Report on vaccination in the Province of Bengal - 1874-1889
Year: 1874
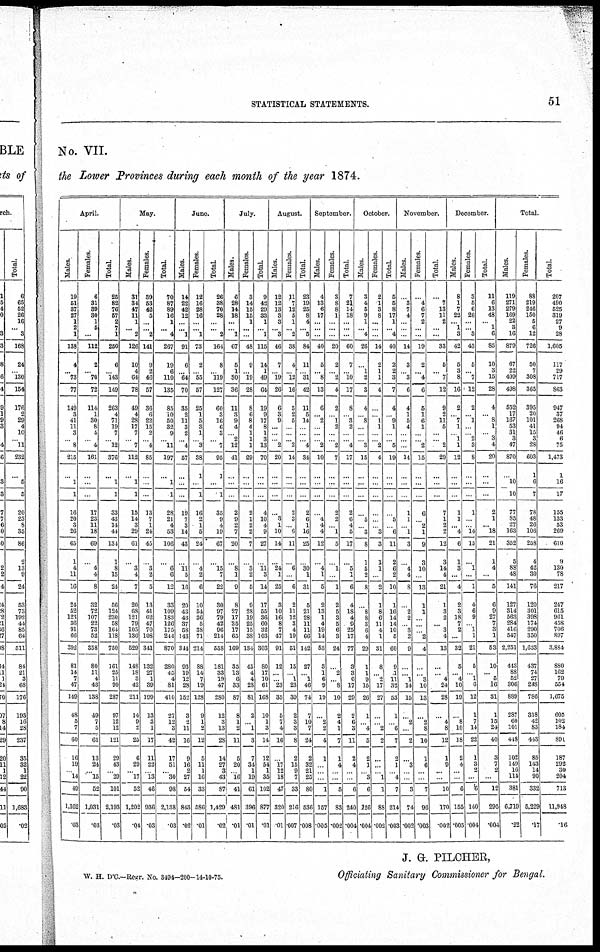
STATISTICAL STATEMENTS.
51
No. VII.
the Lower Provinces during each month of the year 1874.
April.
Males.
19
51
37
27
1
2
1
138
4
... 73
77
149
3
41
11
3
...
8
215
...
1
1
16
20
3
26
65
1
4
11
16
24
52
123
36
91
66
392
81
14
7
47
149
48
5
7
60
16
19
... 14
19
1,162
.03
Females.
6
31
39
30
1
5
...
112
2
... 70
72
114
1
30
8
4
...
4
161
...
...
...
17
23
11
18
69
...
4
4
8
32
72
107
22
73
52
358
80
11
4
43
138
49
7
5
61
13
24
... 15
52
1,031
.03
Total.
25
82
76
57
2
7
1
250
6
...
143
149
263
4
71
19
7
...
12
376
...
1
1
33
43
14
44
134
1
8
15
24
56
124
230
58
164
118
750
161
25
11
90
287
97
12
12
121
29
43
... 29
101
2,193
.03
May.
Males.
31
34
47
11
1
... 2
126
10
4
64
78
49
4
28
17
7
...
7
112
...
1
1
15
14
3
29
61
...
3
4
7
20
68
121
79
105
136
529
148
18
3
42
211
14
9
2
25
6
29
... 17
52
1,202
.04
Females.
39
53
42
5
...
...
2
141
9
2
46
57
36
6
22
15
2
...
4
85
...
...
...
13
7
1
24
45
...
3
2
5
13
41
62
47
70
108
341
132
27
1
39
199
13
3
1
17
11
22
... 13
46
936
.03
Total.
70
87
89
16
1
...
4
267
19
6
110
135
85
10
50
32
9
...
11
197
...
1
1
28
21
4
53
106
...
6
6
12
33
109
183
126
175
244
870
280
45
4
81
410
27
12
3
42
17
51
... 30
98
2,138
.03
June.
Males.
14
22
42
12
...
...
1
91
6
...
64
70
35
2
11 3
2
...
4
57
...
...
...
19
7
3
14
43
...
11
5
16
20
43
43
87
58
143
344
93
19
12
28
152
3
2
11
16
9
16
2
27
54
848
.02
Females.
12
16
28
16
...
...
1
73
2
...
55
57
25
1
5
3
1
...
3
38
1
...
1
16
2
1
5
24
...
4
2
6
10
54
36
5
38
71
214
88
14
7
19
128
9
1
2
12
5
11
1
16
33
586
.01
Total.
26
38
70
28
...
...
2
164
8
...
119
127
60
3
16
6
3
...
7
95
1
...
1
35
9
4
19
67
...
15
7
22
30
97
79
42
96
214
558
181
33
19
47
280
12
3
13
28
14
27
3
43
87
1,429
.02
July.
Males.
6
28
14
18
...
... 1
67
5
1
30
36
11
3
9
4
... 2
12
41
...
...
...
2
9
2
7
20
...
8
1
9
8
27
17
35
17
65
169
35
13
6
33
87
8
1
2
11
5
20
... 16
41
481
.01
Females.
3
14
15
15
1
...
...
48
9
...
19
28
8
6
8
4
1
1
1
29
...
...
...
2
1
2
2
7
...
3
2
5
9
28
19
25
15
88
134
45
4
4
28
81
2
...
1
3
7
34
1
19
61
396
.01
Total.
9
42
29
33
1
...
1
115
14
1
49
64
19
9
17
8
1
3
13
70
...
...
...
4
10
4
9
27
...
11
3
14
17
55
36
60
32
103
303
80
17
10
61
168
10
1
3
14
12
54
1
35
102
877
.01
August.
Males.
12
12
13
3
3
...
3
46
7
...
19
26
6
3
9
...
...
...
2
20
...
...
...
...
3
1
10
14
...
24
1
25
8
10
16
8
7
47
91
12
...
...
23
35
5
7
4
16
...
17
12
18
47
320
.01
Females.
11
7
12
5
1
... 2
38
4
...
12
16
5
2
5
...
...
...
2
14
...
...
...
2
3
...
6
11
...
6
...
6
2
11
12
3
4
19
51
15
...
1
23
39
2
3
3
8
2
15
9
7
33
210
.007
Total.
23
19
25
8
4
...
5
84
11
...
31
42
11
5
14
...
...
...
4
34
...
...
...
2
6 1
16
25
...
30
1
31
5
21
28
11
11
66
142
27
...
1
46
74
7
10
7
24
2
32
21
25
80
536
.008
September.
Males.
4
13
6
17
...
...
...
40
5
...
8
13
6
...
2
...
...
...
2
10
...
...
...
...
4
4
4
12
...
4
1
5
2
13
1
4
19
14
53
3
1
6
9
19
...
2
2
4
1
...
...
1
157
.005
Females.
3
8
8
1
...
...
...
20
2
...
2
4
2
...
1
2
...
...
2
7
...
...
...
2
2
...
1
5
...
1
...
1
2
5
3
5
6
3
24
...
2
...
8
10
2
4
1
7
1
4
...
5
83
.002
Total.
7
21
14
18
...
...
...
60
7
...
10
17
8
...
3
2
...
...
4
17
...
...
...
2
6
4
5
17
...
5
1
6
4
18
4
9
25
17
77
3
3
6
17
29
2
6
3
11
2
4
...
6
240
.004
October.
Males.
3
4
5
9
1
...
4
26
...
1
2
3
4
...
8
...
...
...
3
15
...
...
...
...
5
...
3
8
1
5
2
8
...
8
8
3
6
4
29
1
1
9
15
26
1
...
4
5
2
1
... 3
6
126
.004
Females.
2
1
3
8
...
...
...
14
2
1
1
4
...
...
1
1
...
...
2
4
...
...
...
...
...
...
3
3
1
1
...
2
1
8
6
11
4
1
31
8
...
2
17
27
...
...
2
2
...
... ... 1
1
88
002
Total.
5
5
8
17
1
... 4
40
2
2
3
7
4
...
9
1
...
...
5
19
...
...
...
...
5
...
6
11
2
6
2
10
1
16
14
14
10
5
60
9
1
11
32
53
1
...
6
7
2
1
... 4
7
214
.003
November.
Males.
...
3
7
4
...
...
...
14
3
...
3
6
4
1
5
4
...
...
...
14
...
...
...
1
1
...
1
3
...
4
4
8
...
2
2
...
8
2
9
...
...
1
14
15
...
2
...
2
...
3
...
3
74
.002
Females.
...
4
6
7
2
...
...
19
2
...
4
6
5
1
6
1
...
...
2
15
...
...
...
6
...
2
1
9
3
10
...
13
1
1
...
...
...
2
4
...
...
3
10
13
...
2
8
10
1
6
...
7
96
.003
Total.
...
7
13
11
2
...
...
33
5
...
7
12
9
2
11
5
...
...
2
29
...
...
...
7
1
2
2
12
3
14
4
21
1
3
2
...
3
4
13
...
...
4
24
28
...
4
8
12
1
9
...
10
170
.002
December.
Males.
8
1
7
22
...
1
3
42
5
3
8
16
2
...
7
1
... 1
1
12
...
...
...
1
1
...
4
6
1
3
...
4
2
3
18
7
2
...
32
5
...
4
10
19
...
8
10
18
2
4
...
6
155
.005
Females.
3
5
6
26
...
...
3
43
5
...
7
12
2
...
1
...
...
2 3
8
...
...
...
1
...
...
14
15
...
1
...
1
4
6
9
...
1
1
21
5
...
1
6
12
1
7
14
22
1
3
2
6
140
.004
Total.
11
6
13
48
...
1
6
85
10
3
15
28
4
... 8
1
...
3
4
20
...
...
...
2
1
... 18
21
1
4
...
5
6
9
27
7
3
1
53
10
...
5
16
31
1
15
24
40
3
7
2
12
295
.004
Total.
Males.
119
271
279
169
22
3
16
879
67
22
409
498
552
17
167
53
31
3
47
870
...
10
10
77
85
27
163
352
5
88
48
141
127
314
563
284
416
547
2,251
443
88
52
306
889
287
60
101
448
102
149
16
114
381
6,719
.22
Females.
88
219
246
150
5
6
12
726
50
7
308
365
395
20
101
41
15
3
28
603
1
6
7
78
48
26
106
258
4
42
30
76
120
301
398
174
290
350
1,633
437
74
27
248
786
318
42
83
443
85
143
14
90
332
5,229
.17
Total.
207
490
525
319
27
9
28
1,605
117
29
717
863
947
37
268
94
46
6
75
1,473
1
16
17
155
133
53
269
610
9
130
78
217
247
615
961
458
706
897
3,884
880
162
79
554
1,675
605
102
184
891
187
292
30
204
713
11,948
16
J. G. PILCHER,
Officiating Sanitary Commissioner for Bengal.
W. H. D'C.—Regr. No. 3494-200-14-10-75.